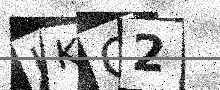
Text: JKQ2